画像に写った文字を読んでください
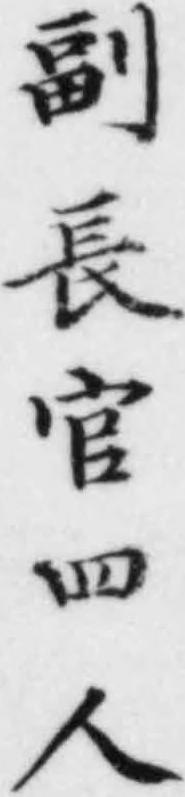
「副長官四人」と書いてあります